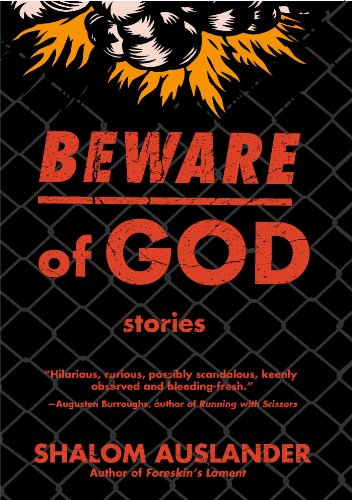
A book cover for Beware of God: Stories; Shalom Auslander; Religion & Spirituality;